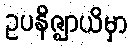
ဥပနိဇ္ဈာယိမှာ